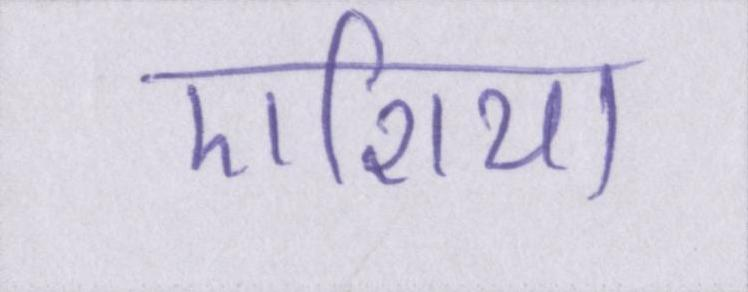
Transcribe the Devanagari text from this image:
एशिया